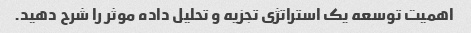
اهمیت توسعه یک استراتژی تجزیه و تحلیل داده موثر را شرح دهید.